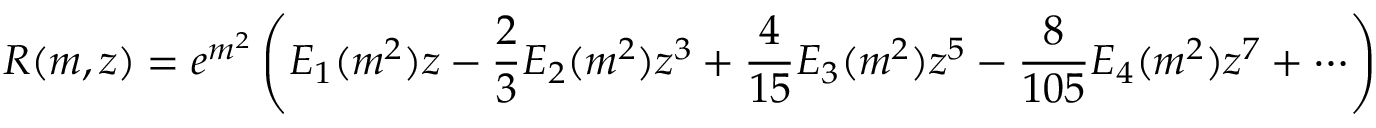
R ( m , z ) = e ^ { m ^ { 2 } } \left( E _ { 1 } ( m ^ { 2 } ) z - \frac { 2 } { 3 } E _ { 2 } ( m ^ { 2 } ) z ^ { 3 } + \frac { 4 } { 1 5 } E _ { 3 } ( m ^ { 2 } ) z ^ { 5 } - \frac { 8 } { 1 0 5 } E _ { 4 } ( m ^ { 2 } ) z ^ { 7 } + \cdots \right)